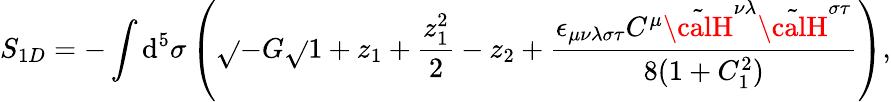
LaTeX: S_{1D}=-\int\mathrm{d}^{5}\sigma\left(\sqrt{}{{-G}}\sqrt{}{{1+z_{1}+\frac{{z_{1}^{2}}}{{2}}-z_{2}}}+\frac{{\epsilon_{\mu\nu\lambda\sigma\tau}C^{\mu}\tilde{{\calH}}^{\nu\lambda}\tilde{{\calH}}^{\sigma\tau}}}{{8(1+C_{1}^{2})}}\right),